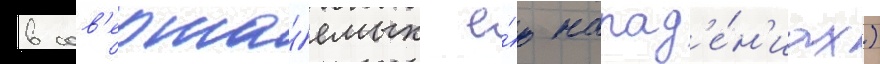
в сов'ерша́емых е́ю напад'е́н'иах)